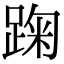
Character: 踘